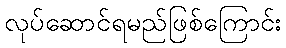
လုပ်ဆောင်ရမည်ဖြစ်ကြောင်း